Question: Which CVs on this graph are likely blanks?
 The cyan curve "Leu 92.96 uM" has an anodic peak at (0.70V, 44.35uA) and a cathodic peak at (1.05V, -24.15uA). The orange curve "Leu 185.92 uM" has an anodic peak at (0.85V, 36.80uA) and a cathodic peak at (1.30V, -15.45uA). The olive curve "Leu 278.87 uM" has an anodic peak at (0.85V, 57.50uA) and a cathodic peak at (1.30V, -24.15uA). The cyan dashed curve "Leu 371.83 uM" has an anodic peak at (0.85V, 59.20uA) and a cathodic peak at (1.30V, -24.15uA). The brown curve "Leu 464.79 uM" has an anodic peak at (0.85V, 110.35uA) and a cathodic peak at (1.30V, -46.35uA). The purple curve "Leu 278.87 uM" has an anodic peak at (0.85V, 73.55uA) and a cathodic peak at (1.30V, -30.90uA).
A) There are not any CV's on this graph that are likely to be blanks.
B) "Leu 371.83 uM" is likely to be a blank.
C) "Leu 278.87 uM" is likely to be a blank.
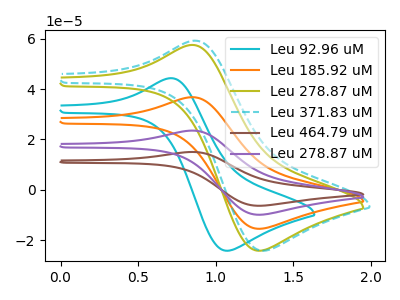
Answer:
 <answer>A) There are not any CV's on this graph that are likely to be blanks.</answer>
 <eval>A</eval>